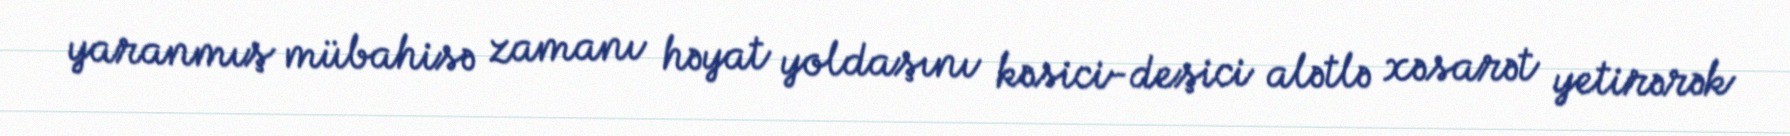
yaranmış mübahisə zamanı həyat yoldaşını kəsici-deşici alətlə xəsarət yetirərək